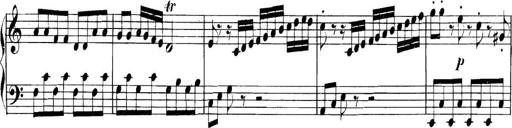
Title: Collected Piano Sonatas
Composer: Muzio Clementi